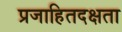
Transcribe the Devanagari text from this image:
प्रजाहितदक्षता